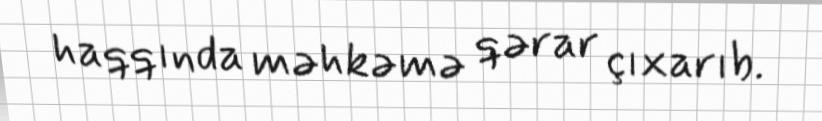
haqqında məhkəmə qərar çıxarıb.